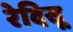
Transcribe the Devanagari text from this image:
रेदिसू